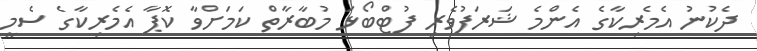
ދެކުނު އެމެރިކާގެ އެންމެ ޝަރަފުވެރި ފުޓްބޯޅަ މުބާރާތް ކަމަށްވާ ކޮޕާ އެމެރިކާގެ ސެމީ